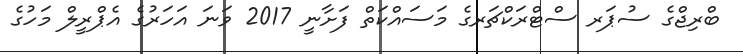
ބްރިޖްގެ ސުޕަރ ސްޓްރަކްޗަރގެ މަސައްކަތް ފަށާނީ 2017 ވަނަ އަހަރުގެ އެޕްރީލް މަހުގެ